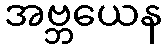
အဗ္ဘယေန